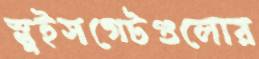
স্লুইসগেটগুলোর